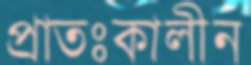
প্রাতঃকালীন